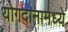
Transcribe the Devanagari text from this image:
योगदानामध्ये